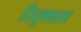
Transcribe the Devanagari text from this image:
रितुशाला